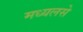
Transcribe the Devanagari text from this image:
मध्यलसे